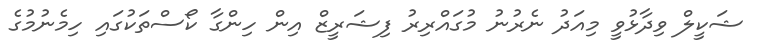
ޝަކީލް ވިދާޅުވީ މިއަދު ނެރުނު މުގައްރިރު ފިޝަރީޒް އިން ހިންގާ ކޯސްތަކުގައި ހިމެނުމުގެ